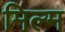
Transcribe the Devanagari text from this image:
मिल्म